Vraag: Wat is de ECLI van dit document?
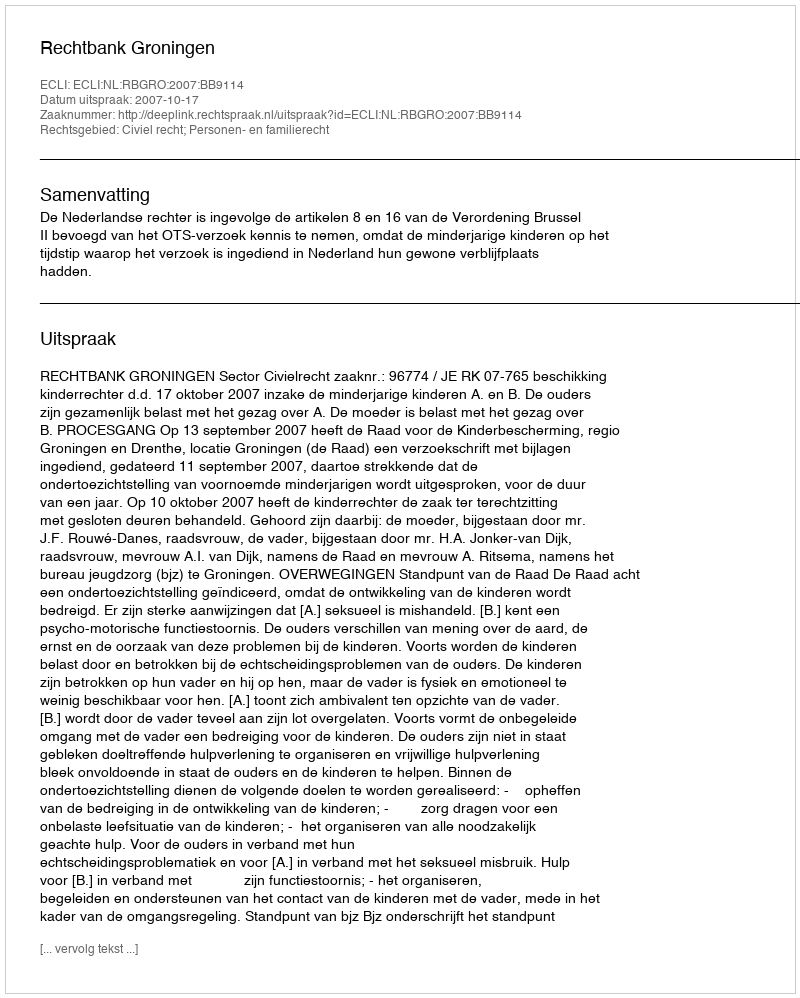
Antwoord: ECLI:NL:RBGRO:2007:BB9114